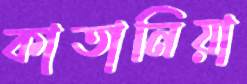
কাতানিয়া